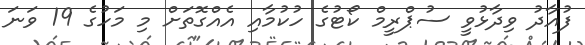
ފުއާދު ވިދާޅުވީ ސުޕްރީމް ކޯޓުގެ ހުކުމާއި އެއްގޮތަށް މި މަހުގެ 19 ވަނަ